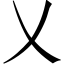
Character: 乂